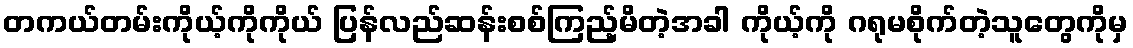
တကယ်တမ်းကိုယ့်ကိုကိုယ် ပြန်လည်ဆန်းစစ်ကြည့်မိတဲ့အခါ ကိုယ့်ကို ဂရုမစိုက်တဲ့သူတွေကိုမှ